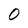
Character: O